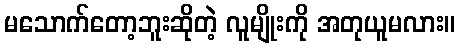
မသောက်တော့ဘူးဆိုတဲ့ လူမျိုးကို အတုယူမလား။